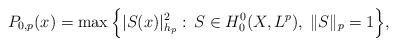
LaTeX: \begin{align*}P_{0,p}(x)=\max\Big\{|S(x)|^2_{h_p}:\,S\in H^0_{0}(X,L^p),\;\|S\|_p=1\Big\},\end{align*}